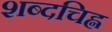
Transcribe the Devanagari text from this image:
शब्दचिह्न